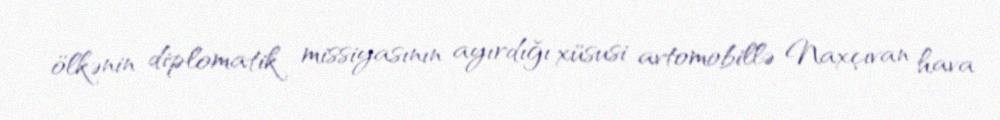
ölkənin diplomatik missiyasının ayırdığı xüsusi avtomobillə Naxçıvan hava